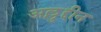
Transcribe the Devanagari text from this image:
अल्लुद्दीन